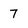
Character: 7